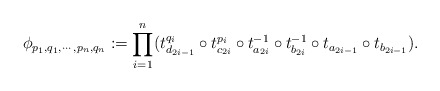
\begin{align*}\phi_{p_1, q_1, \cdots, p_n, q_n} := \prod_{i=1}^n (t_{d_{2i-1}}^{q_i} \circ t_{c_{2i}}^{p_i} \circ t_{a_{2i}}^{-1} \circ t_{b_{2i}}^{-1} \circ t_{a_{2i-1}} \circ t_{b_{2i-1}}).\end{align*}